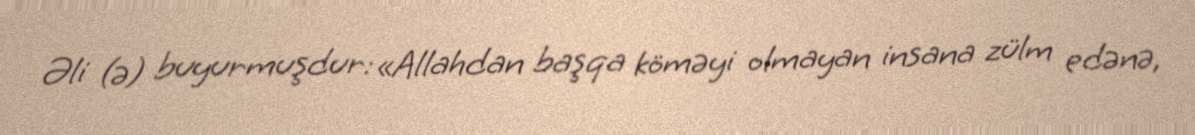
Əli (ə) buyurmuşdur: «Allahdan başqa köməyi olmayan insana zülm edənə,